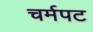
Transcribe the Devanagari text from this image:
चर्मपट